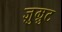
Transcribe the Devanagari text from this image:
ज़ुम्रुट